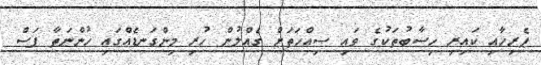
ޕެރިހާއި ކައިރި ހިސާބުތަކުގެ ވައި ސިއްހަތަށް ގެއްލުން ހުރި މިންގަނޑެއްގައި ހުންނަތާ ފަސް